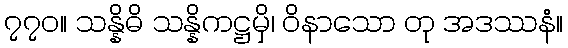
၇၇၀။ သန္နိဓိ သန္နိကဋ္ဌမှိ၊ ဝိနာသော တု အဒဿနံ။